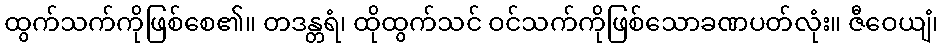
ထွက်သက်ကိုဖြစ်စေ၏။ တဒန္တရံ၊ ထိုထွက်သင် ဝင်သက်ကိုဖြစ်သောခဏပတ်လုံး။ ဇီဝေယျံ၊